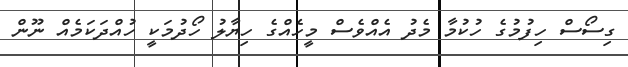
ގިސޯސް ހިފުމުގެ ހުކުމާ މެދު އެއްވެސް މީހެއްގެ ހިޔާލު ހޯދުމަކީ ހުއްދަކަމެއް ނޫން